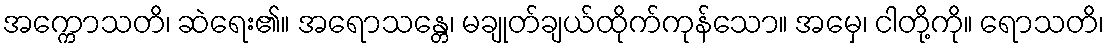
အက္ကောသတိ၊ ဆဲရေး၏။ အရောသန္တေ၊ မချုတ်ချယ်ထိုက်ကုန်သော။ အမှေ၊ ငါတို့ကို။ ရောသတိ၊